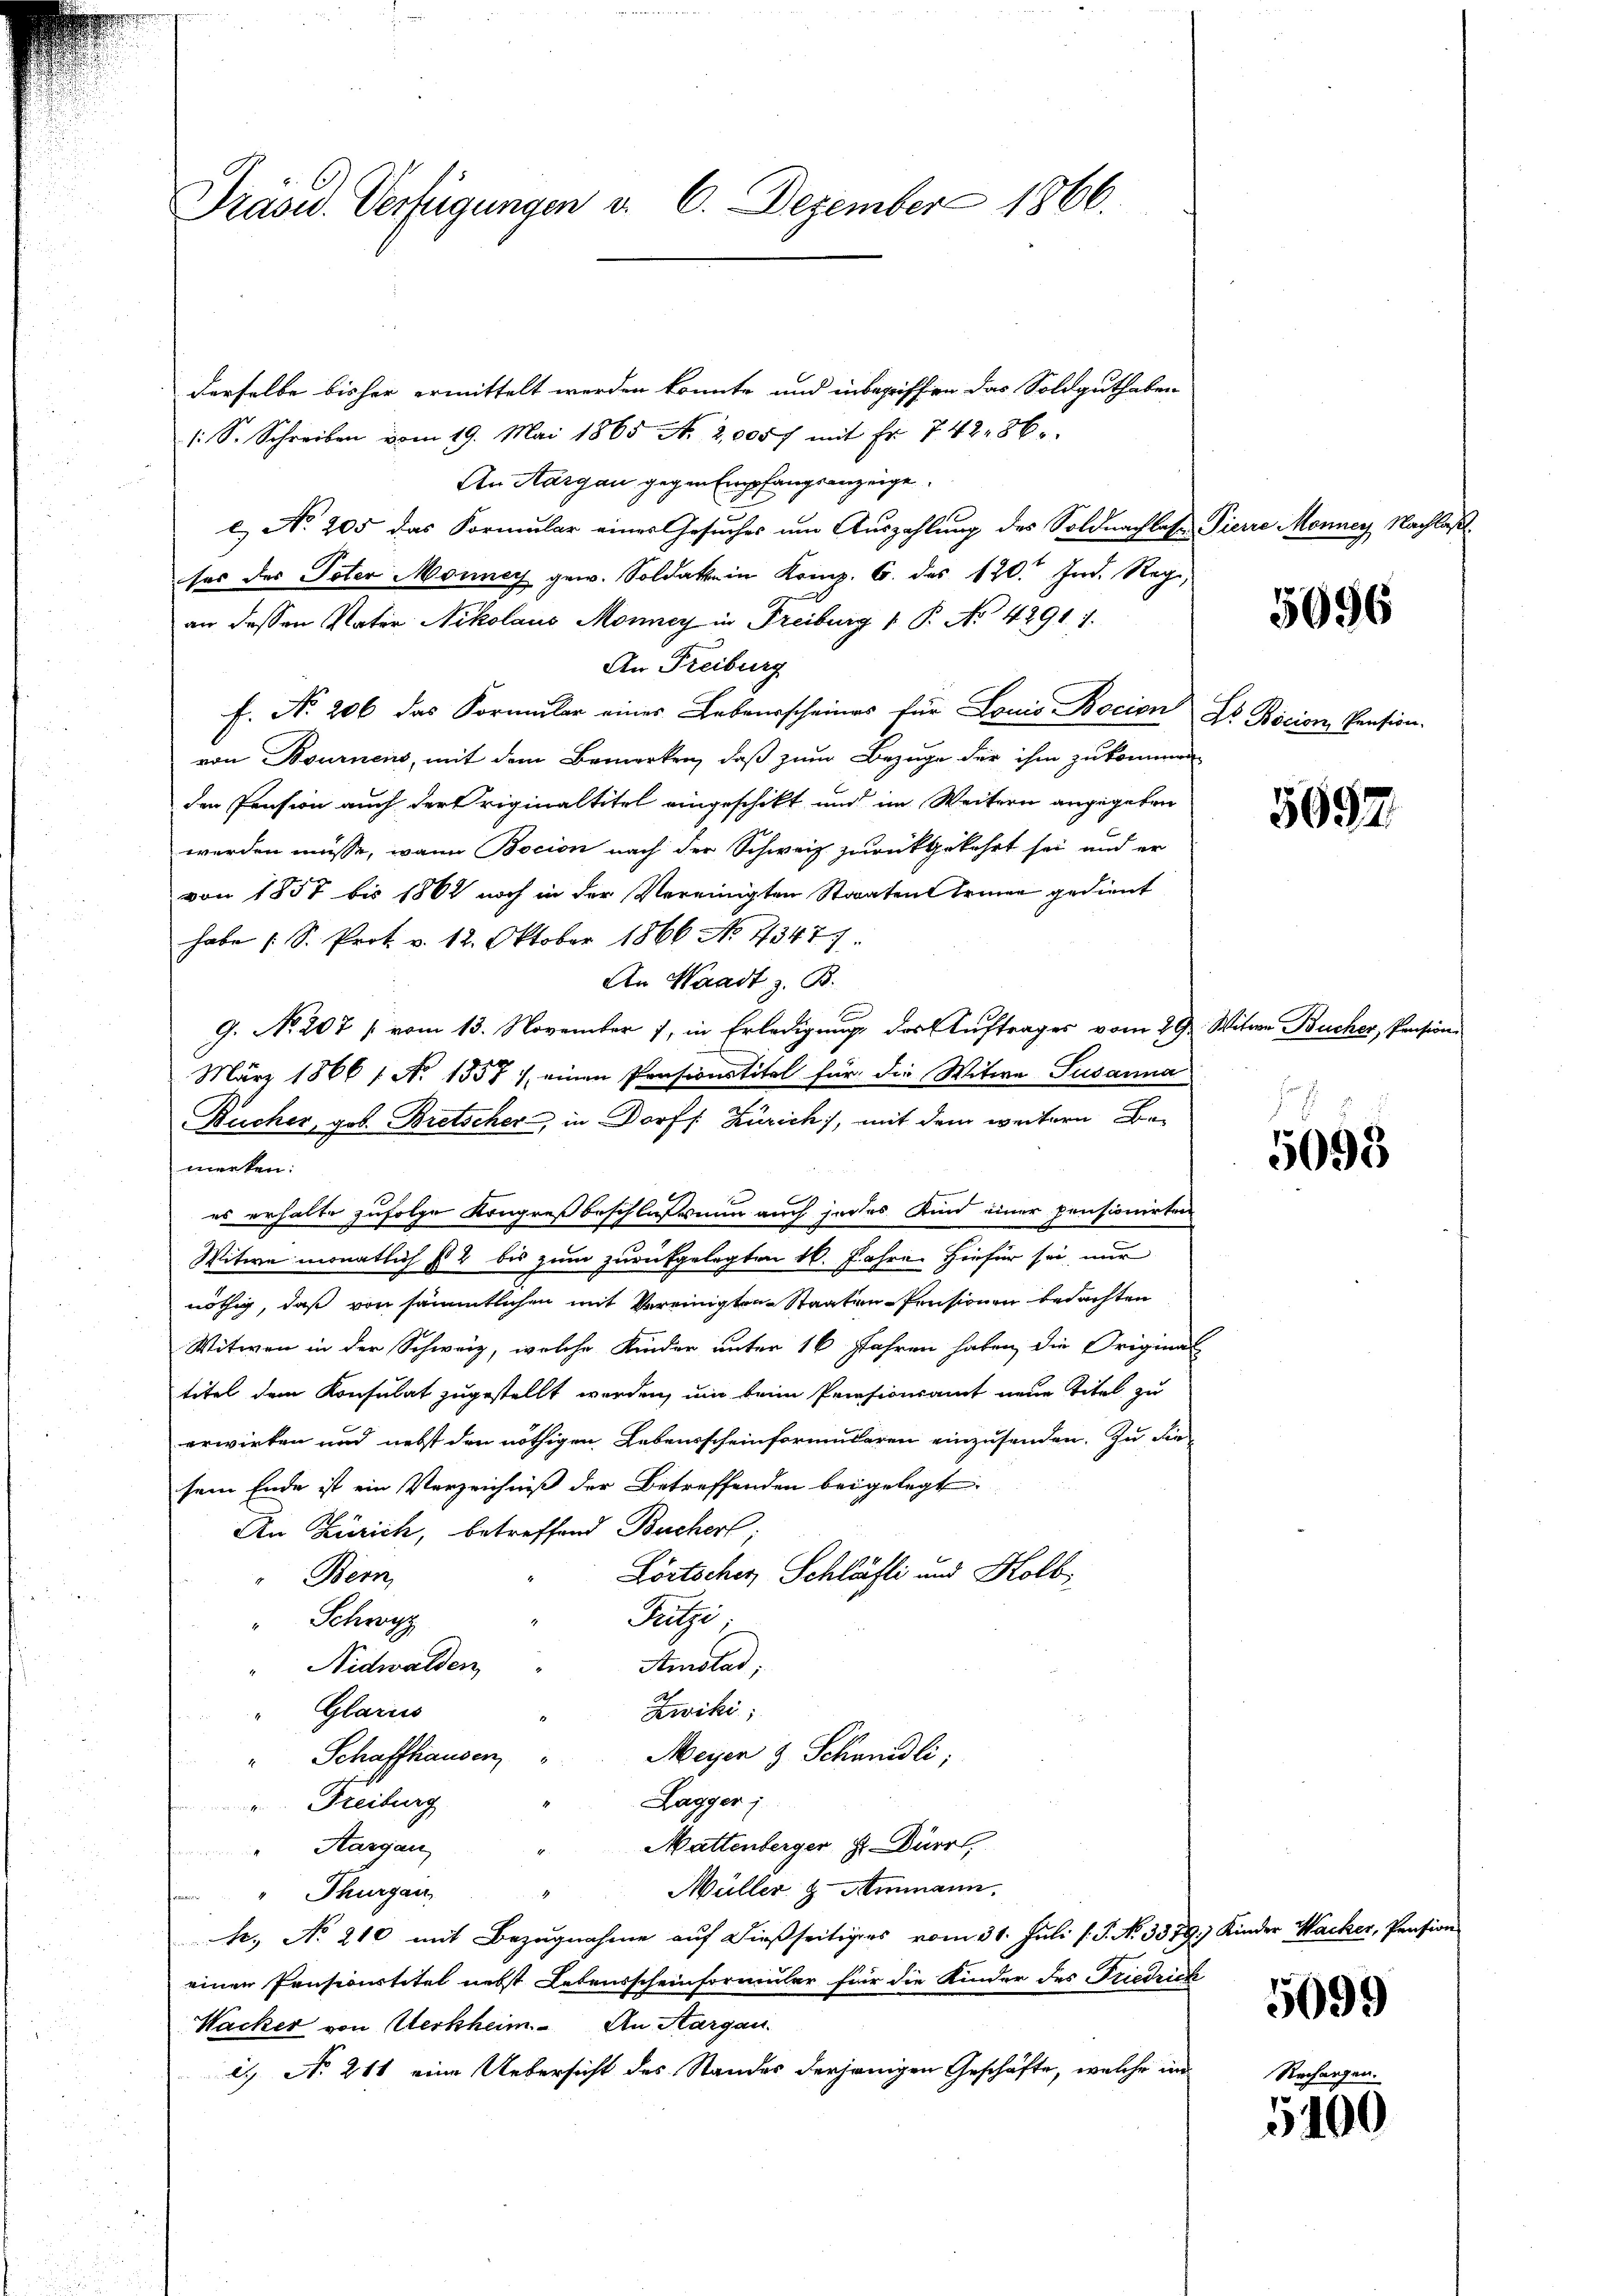
Präsid. Verfügungen v. 6. Dezember 1866.

derselbe bisher ermittelt werden könnte und inbegriffen das Soldguthaben
/. S. Schreiben vom 19. Mai 1865 N. 2,0057 mit Fr. 742. 86.
An Aargau gegen Empfangsanzeige.
e) No 205 das Formular einer Gesuches um Auszahlung des Soldnachlese Pierre Monner Nachlaßses des Poter Monney gew. Soldate in Komp. 6. des 120. Ind. Regi
an dessen Vater Nikolaus Monney in Freiburg 1. P. No 4291. 7.
An Freiburg
f. No. 206 das Formular eines Lebensscheines für Louis Bocion
von Bournens, mit dem Bemerken, daß zum Bezuge für ihm zukommen
den Pension auch der riginaltitel eingeschikt und im Weitern angegeben
werden müsse, wann Bocion nach der Schweiz zurückgekehrt sei und er
von 1857 bis 1862 noch in der Vereinigten Staaten Erinne gedient
habe (: S. Prot. v. 12. Oktober 1866 No 43477.
An Waadt z. B.
G. No. 207 / vom 13. November 1, in Erledigung des Auftrages vom 29. Witwe Bücher, Prision
März 1866 / No 1557 / einen Präsionstitel für die Witwe Susanna
merken:
es erhalte zufolgen Kongreßbeschlußes nun auch jedes Kind einer pensionirten
Witwe monatlich ist 2 bis zum zurückgelegten 16. Jahre. Hiefür sei nur
nöthig, daß von sämmtlichen mit Vereinigten Staaten Pensionen bedachten
Witwen in der Schweiz, welche Kinder unter 16 Jahren haben, die Original
titel dem Konsulat zugestellt werden, um beim Priesionsamt neue Titel zu
erwirken und nebst den nöthigen Lebensscheinformularen einzusenden. Zu die
sem Ende ist ein Verzeichniß der Betreffenden beigelegt
An Zürich, betreffend Buchert;
Lörtschen Schlästi und Kolb,
Bern
Pilse
" Schwyz
Amistad,
Nidwalden
.
Glarus
Zwiki;
Meyen 3 Schmidli;
Schaffhausen,
Lagger j
Freiburg
Mattenberger H. Dürr,
"Margau
Müller & Ammann.
" Thurgau,
h., No 210 mit Bezugnahme auf dießseitiges vom 31. Juli l. J. No. 3379) Kinder Wacker, Pension
einen Pensionstitel nebst Lebensscheinformular für die Kinder des Friedrich
Wacker von Werkheim. An Aargau.
2 No 211 eine Uebersicht des Standes derjenigen Geschäfte, welche in

Bucher, gob. Bretscher, in Dorf /: Zürich, mit dem weitere Be¬

5696

Dr Bocion, Pension.

5692.

5093

5099

5100